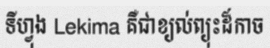
ទីហ្វុង Lekima គឺជាខ្យល់ព្យុះដ៏កាច